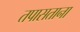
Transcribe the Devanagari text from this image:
तपासताना